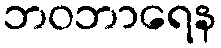
ဘဝဘာရေန